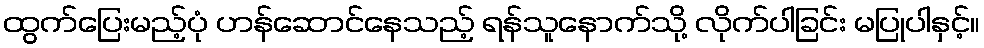
ထွက်ပြေးမည့်ပုံ ဟန်ဆောင်နေသည့် ရန်သူနောက်သို့ လိုက်ပါခြင်း မပြုပါနှင့်။